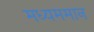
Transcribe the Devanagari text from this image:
मध्यममान